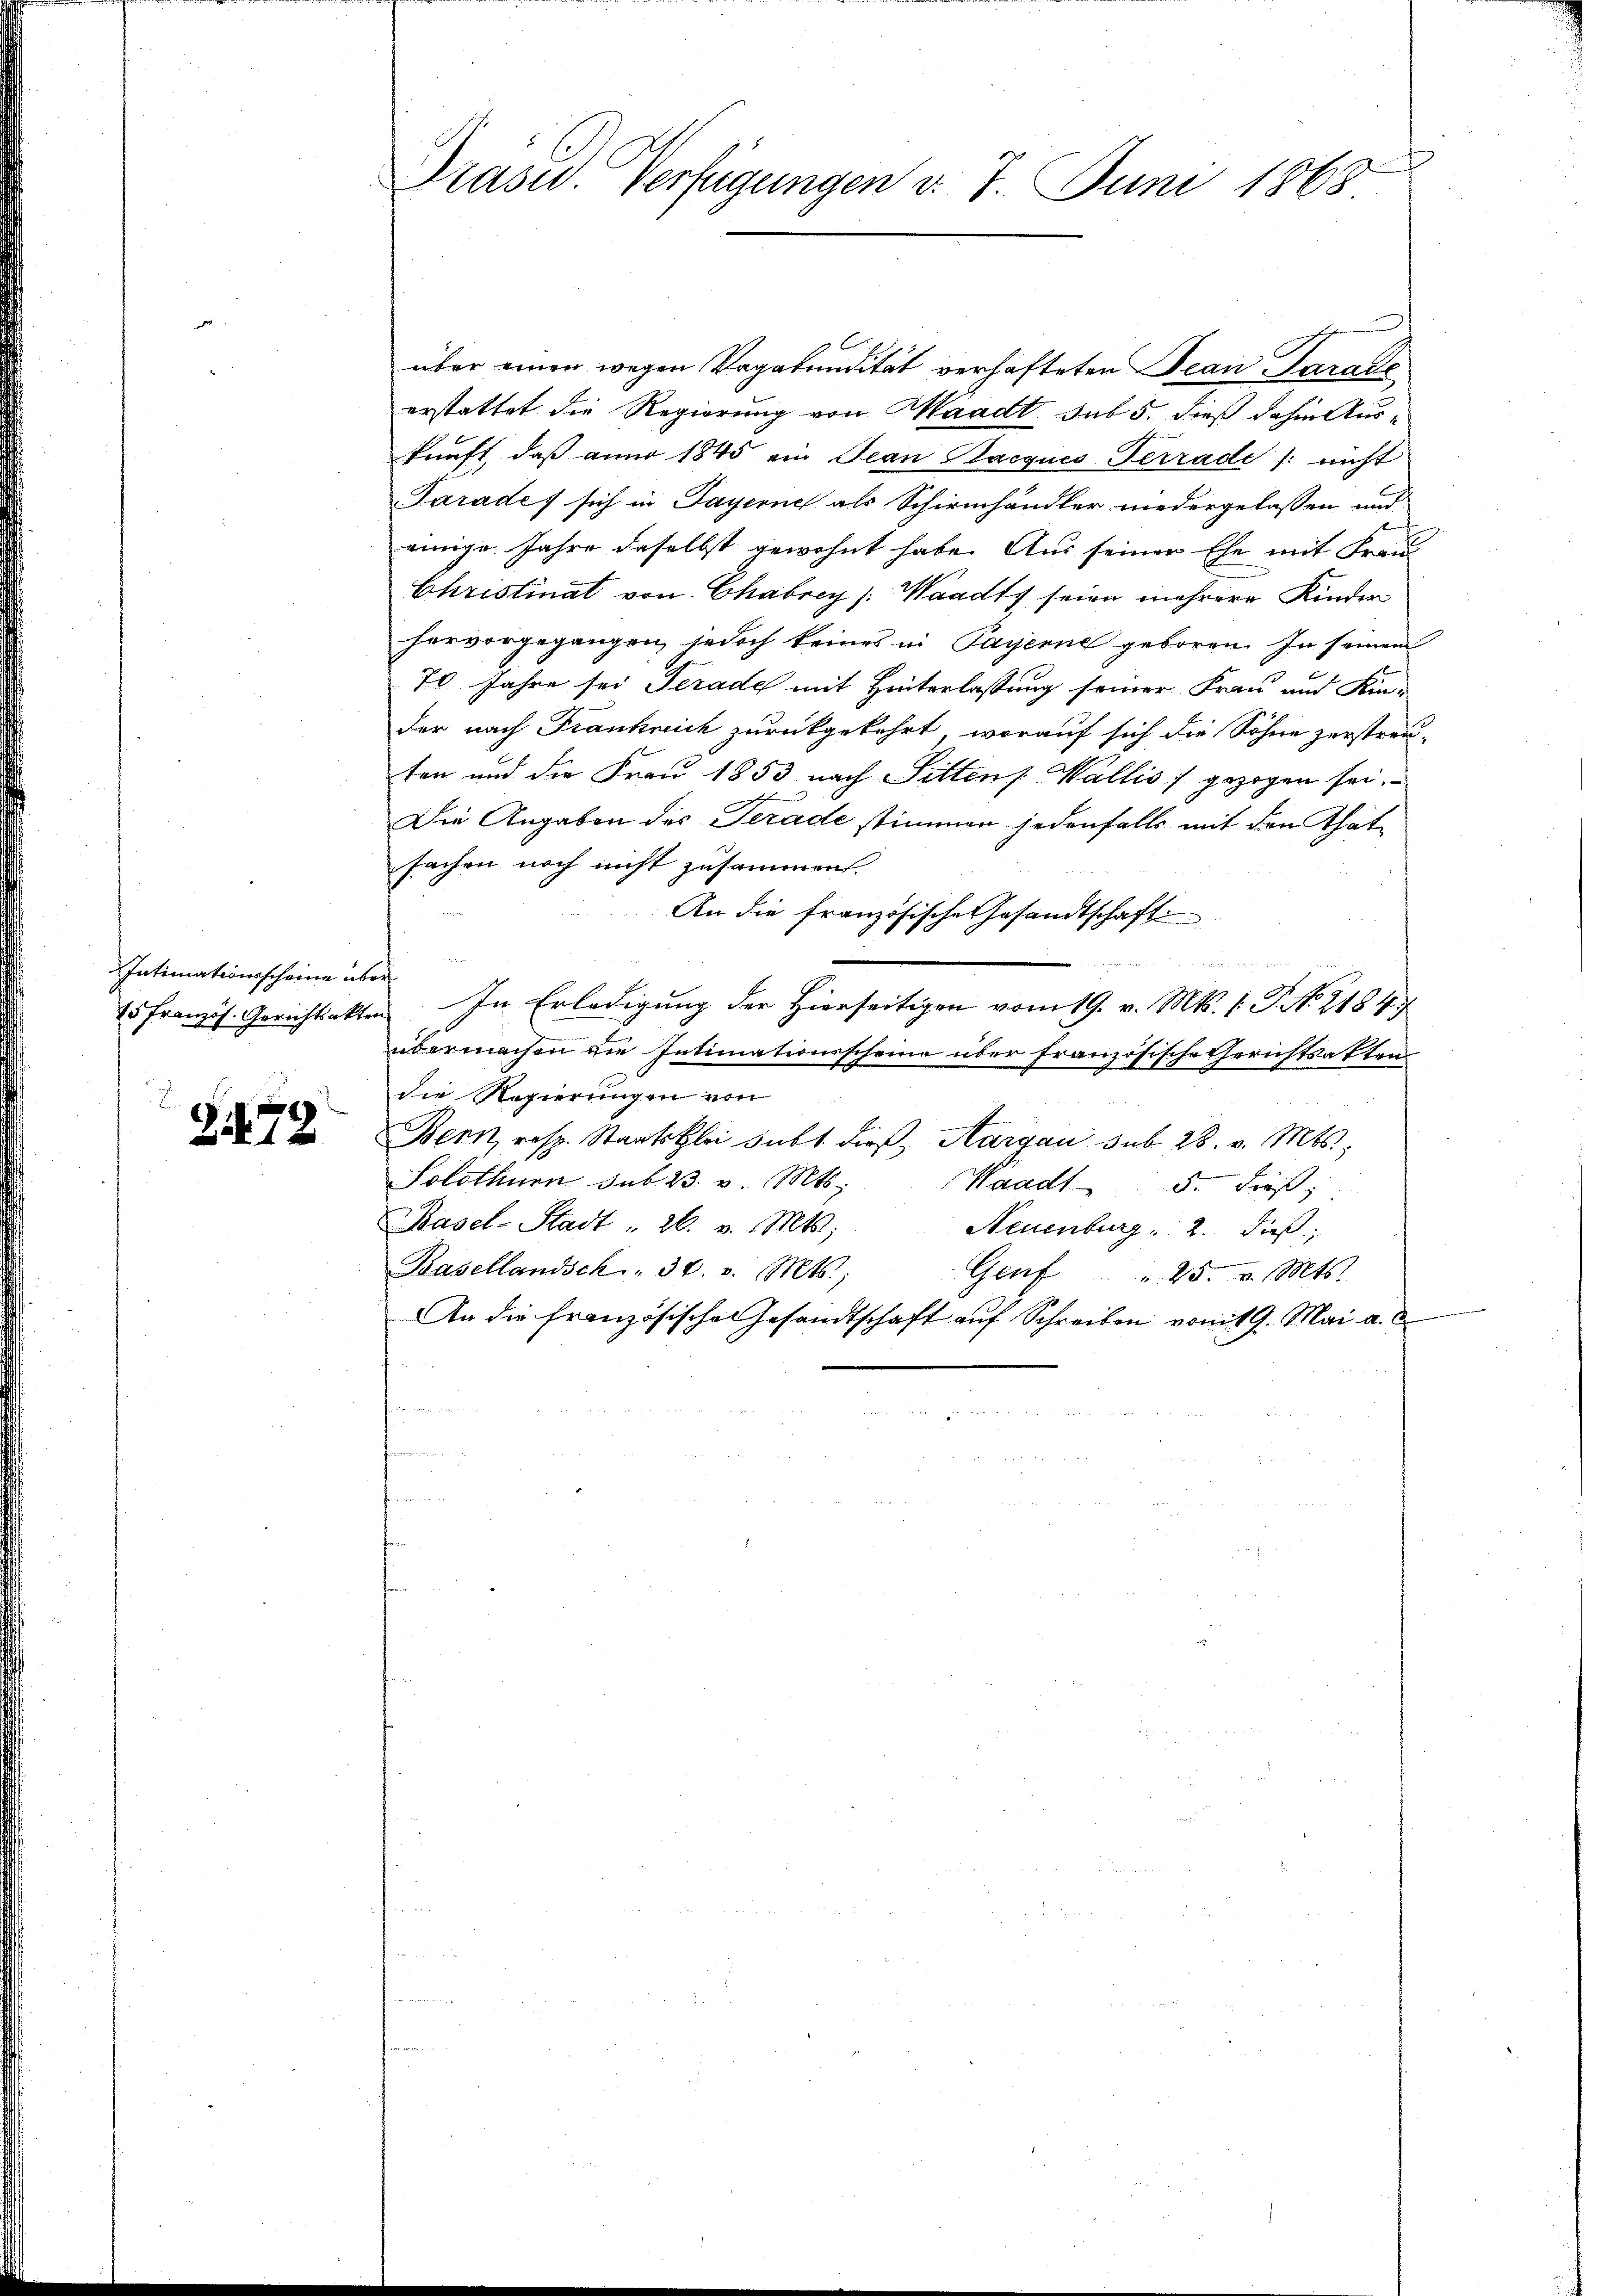
Intimationsscheine ab

Zit 72

Präsid. Verfügungen d. 7. Juni 1868

über einen wegen Vagabundität verhafteten Jean Parale
erstattet die Regierung von Waadt sub 5. dieß dahin Auskunft, daß aner 1845 ein Jean Pacques Terrade /: nicht
Parades sich in Payerne als Schirmhändler niedergelassen und
einige Jahre daselbst gewohnt habe. Aus seiner Ehe mit Frau
Christinat von Chabrey (Waadt seien mehrere Kinder
hervorgegangen, jedoch keines in Payerne geboren. In seinem
70 Jahre sei Terade mit Hinterlassung seiner Frau und Kin-
der nach Frankreich zurückgekehrt, worauf sich die Söhne zerstreuten und die Frau 1853 nach Sitten Wallis) gezogen sei.
Die Angaben des Terade stimmen jedenfalls mit den Thatsachen noch nicht zusammen.
An die französische Gesandtschaft
 8
f
45 Französ. Gerichtsakten. In Erledigung der Hierseitigen vom 19. v. Mts. (T. No. 2184
übermachen die Intimationsscheine über französische Gerichtsakten
die Regierungen von
Bern, resp. Staatsklei subt dieβ, Aargau sub 28. v. Mts.,
Solothurn sub 23. v. Mts.
Waadt 5. dieß,
Basel-Stadt " 26. v. Mts.
Neuenburg, 2. dieß,
Pasellandsch" 30. v. Mts.,
Genf " 25. v. Mts.
An die französischen Gesandtschaft auf Schreiben vom 19. Mai a.